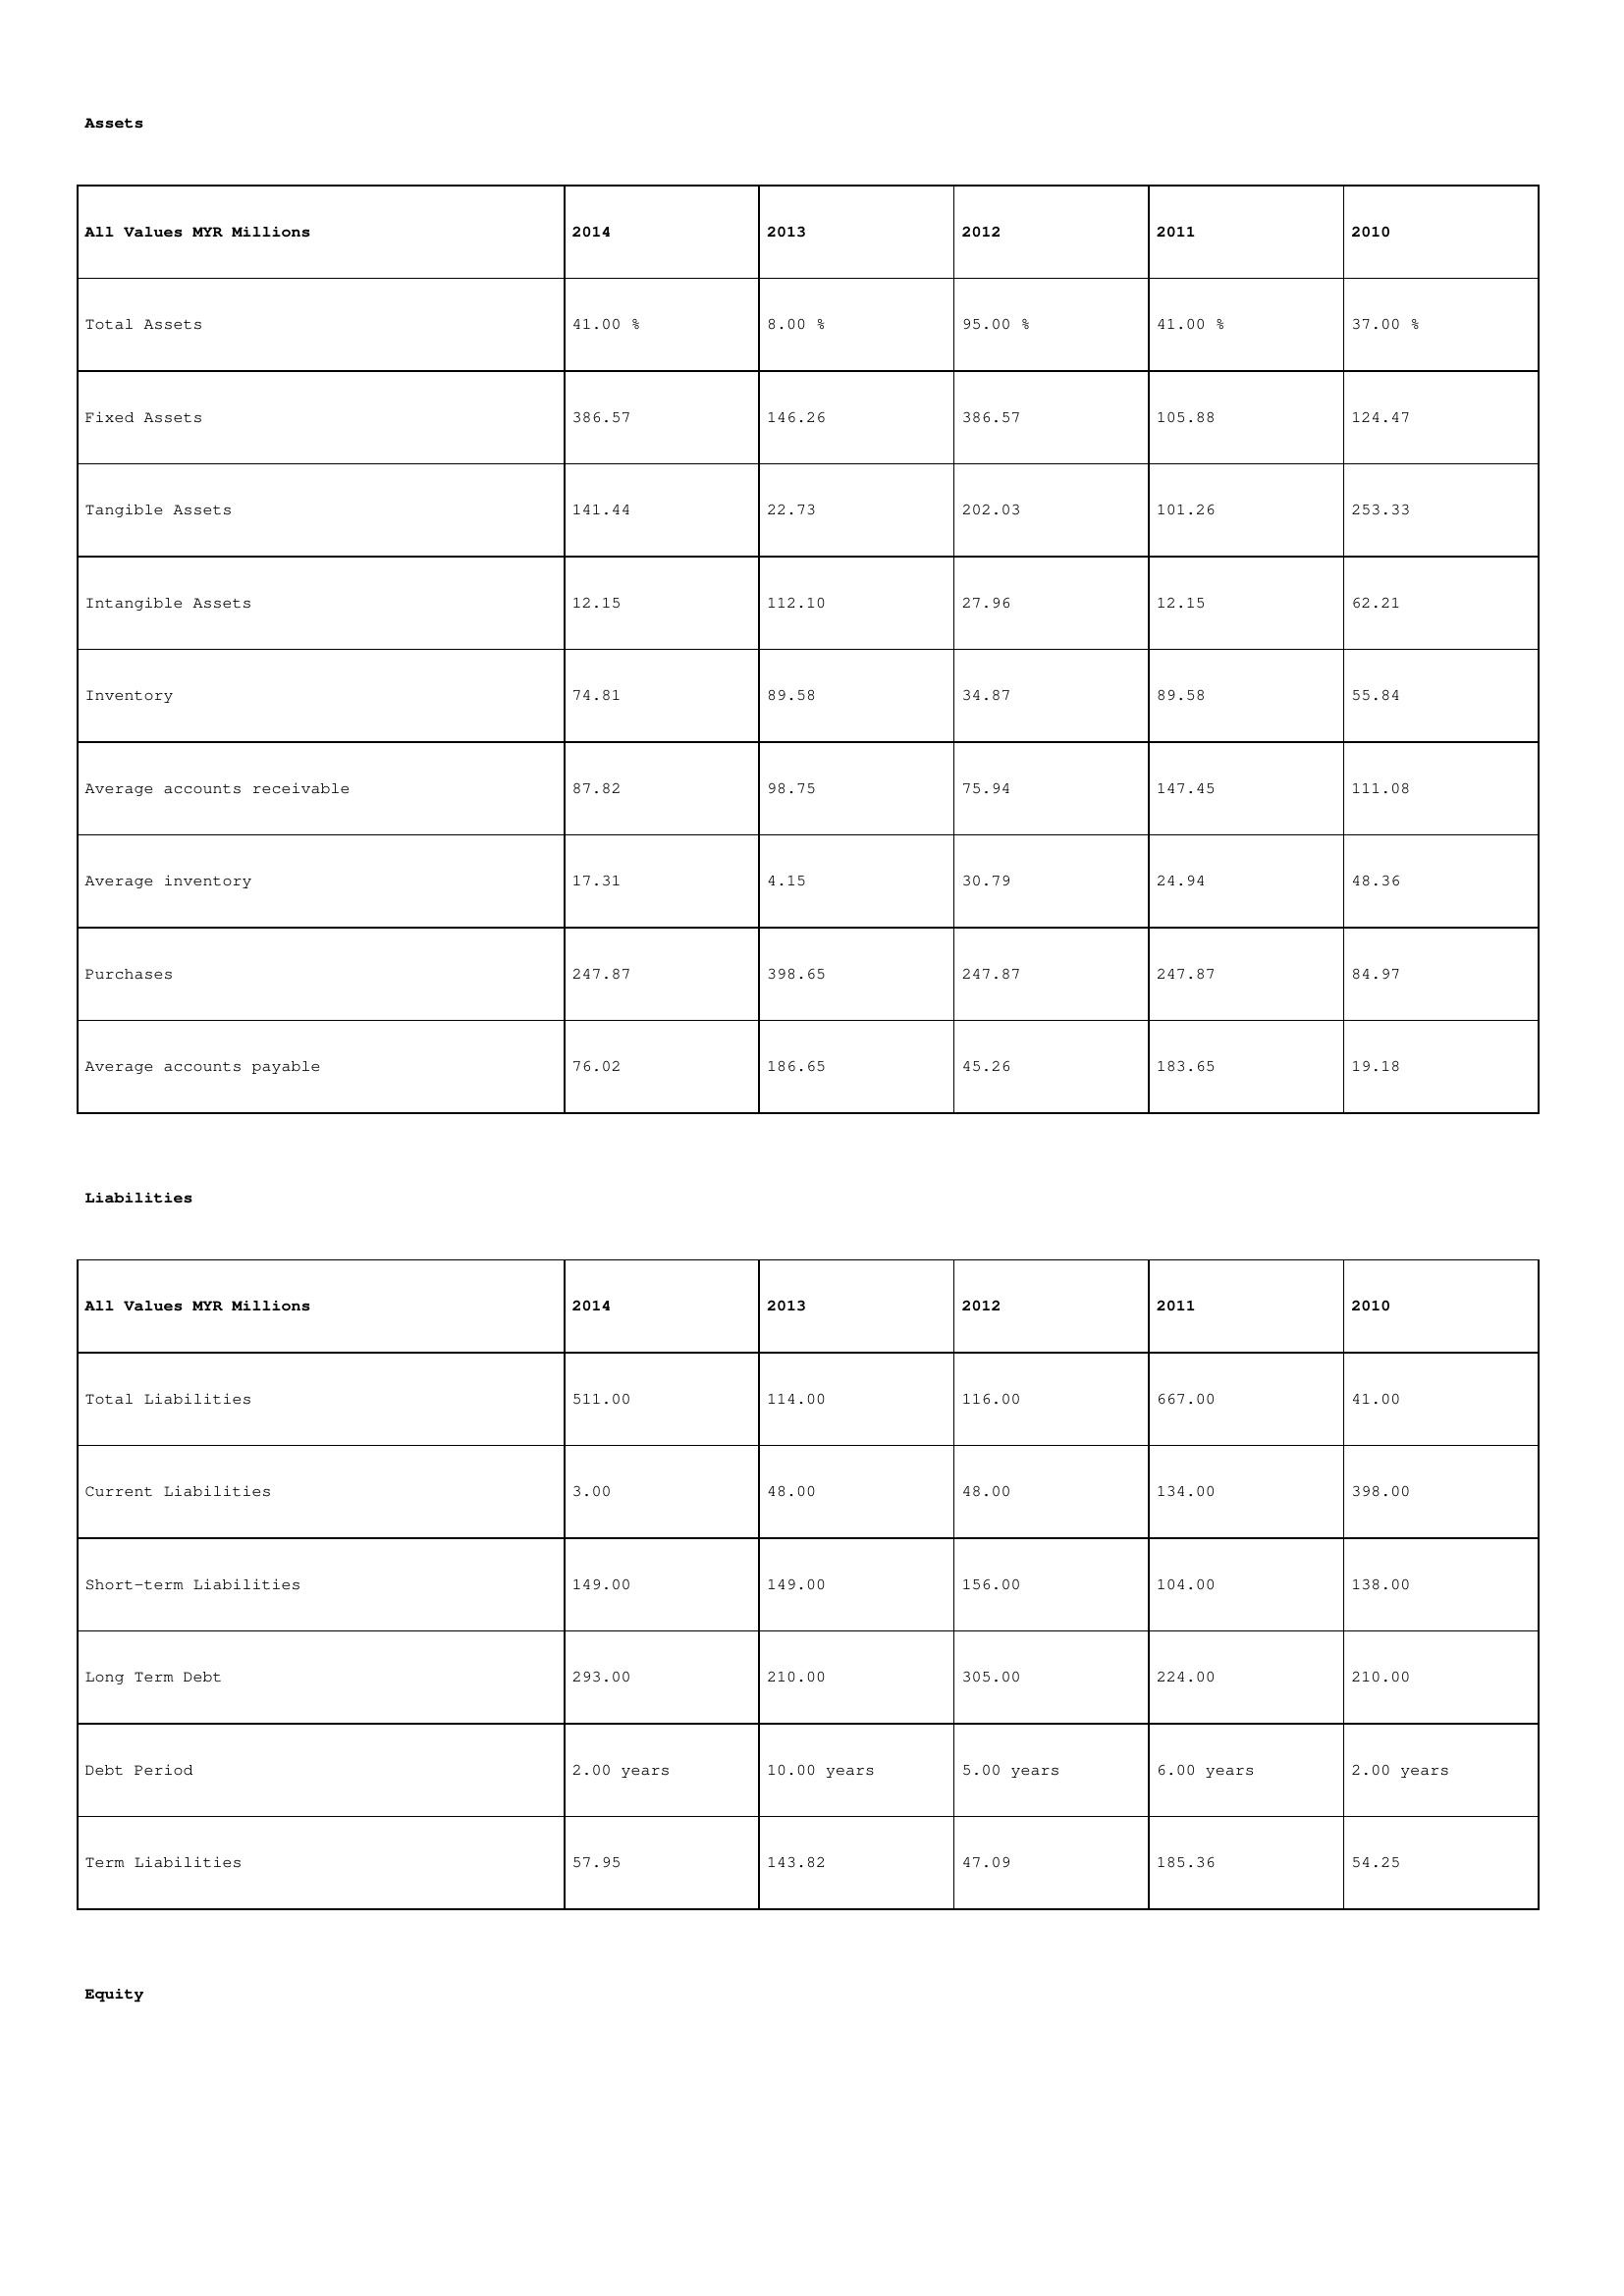
gt_parse: 2014: Assets: Total Assets: 41.00 %
Fixed Assets: 386.57
Tangible Assets: 141.44
Intangible Assets: 12.15
Inventory: 74.81
Average accounts receivable: 87.82
Average inventory: 17.31
Purchases: 247.87
Average accounts payable: 76.02
Liabilities: Total Liabilities: 511.00
Current Liabilities: 3.00
Short-term Liabilities: 149.00
Long Term Debt: 293.00
Debt Period: 2.00 years
Term Liabilities: 57.95
Equity: Common Stock: 181.14
Treasury Stock: 47.74
Other Comprehensive Income: 82.78
Total Equity: 84.00 %
Issued Capital: 154.00
Paid-up Capital: 24.93
Additional Paid-In Capital: 61.71
General Reserves: 52.59
Credit Balance: 48.56
Retained Earnings: 79.62
2013: Assets: Total Assets: 8.00 %
Fixed Assets: 146.26
Tangible Assets: 22.73
Intangible Assets: 112.10
Inventory: 89.58
Average accounts receivable: 98.75
Average inventory: 4.15
Purchases: 398.65
Average accounts payable: 186.65
Liabilities: Total Liabilities: 114.00
Current Liabilities: 48.00
Short-term Liabilities: 149.00
Long Term Debt: 210.00
Debt Period: 10.00 years
Term Liabilities: 143.82
Equity: Common Stock: 181.14
Treasury Stock: 29.00
Other Comprehensive Income: 82.78
Total Equity: 69.00 %
Issued Capital: 389.00
Paid-up Capital: 67.02
Additional Paid-In Capital: 79.02
General Reserves: 52.59
Credit Balance: 24.29
Retained Earnings: 458.51
2012: Assets: Total Assets: 95.00 %
Fixed Assets: 386.57
Tangible Assets: 202.03
Intangible Assets: 27.96
Inventory: 34.87
Average accounts receivable: 75.94
Average inventory: 30.79
Purchases: 247.87
Average accounts payable: 45.26
Liabilities: Total Liabilities: 116.00
Current Liabilities: 48.00
Short-term Liabilities: 156.00
Long Term Debt: 305.00
Debt Period: 5.00 years
Term Liabilities: 47.09
Equity: Common Stock: 247.24
Treasury Stock: 47.74
Other Comprehensive Income: 82.78
Total Equity: 93.00 %
Issued Capital: 291.00
Paid-up Capital: 62.92
Additional Paid-In Capital: 92.03
General Reserves: 166.09
Credit Balance: 48.56
Retained Earnings: 79.62
2011: Assets: Total Assets: 41.00 %
Fixed Assets: 105.88
Tangible Assets: 101.26
Intangible Assets: 12.15
Inventory: 89.58
Average accounts receivable: 147.45
Average inventory: 24.94
Purchases: 247.87
Average accounts payable: 183.65
Liabilities: Total Liabilities: 667.00
Current Liabilities: 134.00
Short-term Liabilities: 104.00
Long Term Debt: 224.00
Debt Period: 6.00 years
Term Liabilities: 185.36
Equity: Common Stock: 168.37
Treasury Stock: 33.42
Other Comprehensive Income: 58.83
Total Equity: 60.00 %
Issued Capital: 245.00
Paid-up Capital: 36.98
Additional Paid-In Capital: 61.71
General Reserves: 52.59
Credit Balance: 24.29
Retained Earnings: 43.22
2010: Assets: Total Assets: 37.00 %
Fixed Assets: 124.47
Tangible Assets: 253.33
Intangible Assets: 62.21
Inventory: 55.84
Average accounts receivable: 111.08
Average inventory: 48.36
Purchases: 84.97
Average accounts payable: 19.18
Liabilities: Total Liabilities: 41.00
Current Liabilities: 398.00
Short-term Liabilities: 138.00
Long Term Debt: 210.00
Debt Period: 2.00 years
Term Liabilities: 54.25
Equity: Common Stock: 247.24
Treasury Stock: 32.62
Other Comprehensive Income: 54.95
Total Equity: 60.00 %
Issued Capital: 287.00
Paid-up Capital: 50.17
Additional Paid-In Capital: 36.19
General Reserves: 153.09
Credit Balance: 30.16
Retained Earnings: 79.62